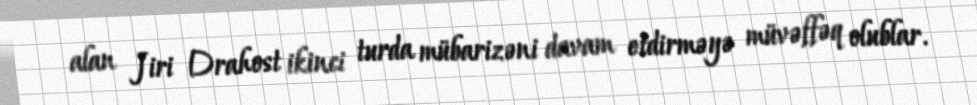
alan Jiri Drahost ikinci turda mübarizəni davam etdirməyə müvəffəq olublar.